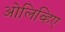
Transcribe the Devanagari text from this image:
ओलिव्हिए